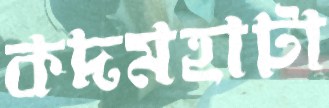
কদমহাটা